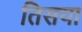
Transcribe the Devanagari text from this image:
तिसया